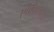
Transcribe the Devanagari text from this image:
एक्विफेक्स